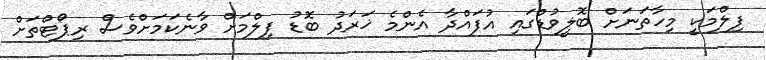
ފިލްމަކީ މިހާތަނަށް ބޮލީވުޑްގައި އުފައްދާ އެންމެ ޚަރަދު ބޮޑު ފިލްމަށް ވާނެކަމަށްވެސް ރިޕޯޓްތަށް